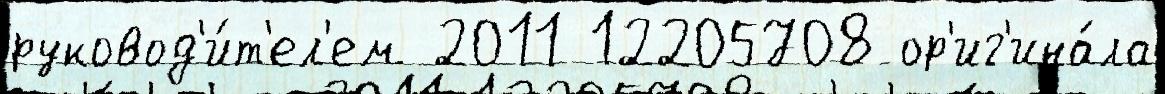
руковод'и́т'ел'ем 2011 12205708 ор'иг'ина́ла